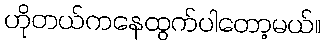
ဟိုတယ်ကနေထွက်ပါတော့မယ်။